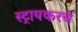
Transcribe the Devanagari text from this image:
स्ट्रायकरचे